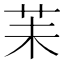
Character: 苿